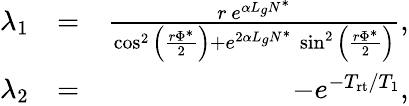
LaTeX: \begin{array}{rlr}{\lambda_{1}}&{=}&{\frac{r\ e^{\alpha L_{g}N^{*}}}{\cos^{2}\Big(\frac{r\Phi^{*}}{2}\Big)+e^{2\alpha L_{g}N^{*}}\ \sin^{2}\Big(\frac{r\Phi^{*}}{2}\Big)},}\\ {\lambda_{2}}&{=}&{-e^{-T_{\mathrm{rt}}/T_{1}},}\end{array}